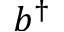
b ^ { \dagger }